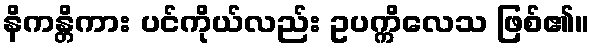
နိကန္တိကား ပင်ကိုယ်လည်း ဥပက္ကိလေသ ဖြစ်၏။